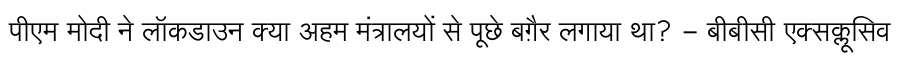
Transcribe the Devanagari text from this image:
पीएम मोदी ने लॉकडाउन क्या अहम मंत्रालयों से पूछे बग़ैर लगाया था? - बीबीसी एक्सक्लूसिव